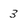
Character: 3